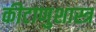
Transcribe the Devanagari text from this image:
कीटाणुशास्त्र